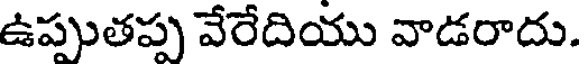
ఉప్పుతప్ప వేరేదియు వాడరాదు.